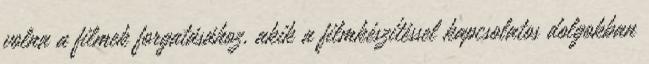
volna a filmek forgatásához, akik a filmkészítéssel kapcsolatos dolgokban